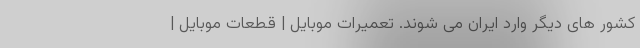
کشور های دیگر وارد ایران می شوند. تعمیرات موبایل | قطعات موبایل |